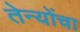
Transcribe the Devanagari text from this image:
तेन्योंचा